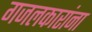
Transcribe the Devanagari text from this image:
गजलकारांना